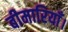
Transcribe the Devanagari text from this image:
बीमारियाँ।